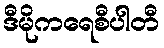
ဒီမိုကရေစီပါတီ